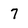
Character: 7